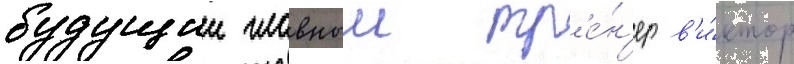
будущии главныи тр'е́н'ер в'и́ктор